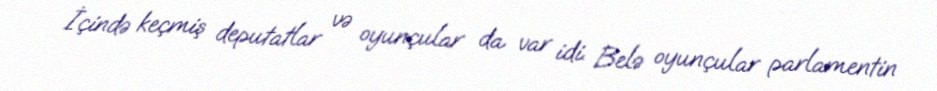
İçində keçmiş deputatlar və oyunçular da var idi. Belə oyunçular parlamentin